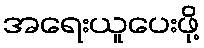
အရေးယူပေးဖို့